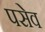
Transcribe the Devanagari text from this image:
पसेव